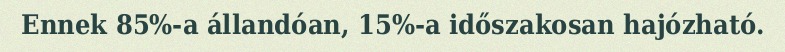
Ennek 85%-a állandóan, 15%-a időszakosan hajózható.